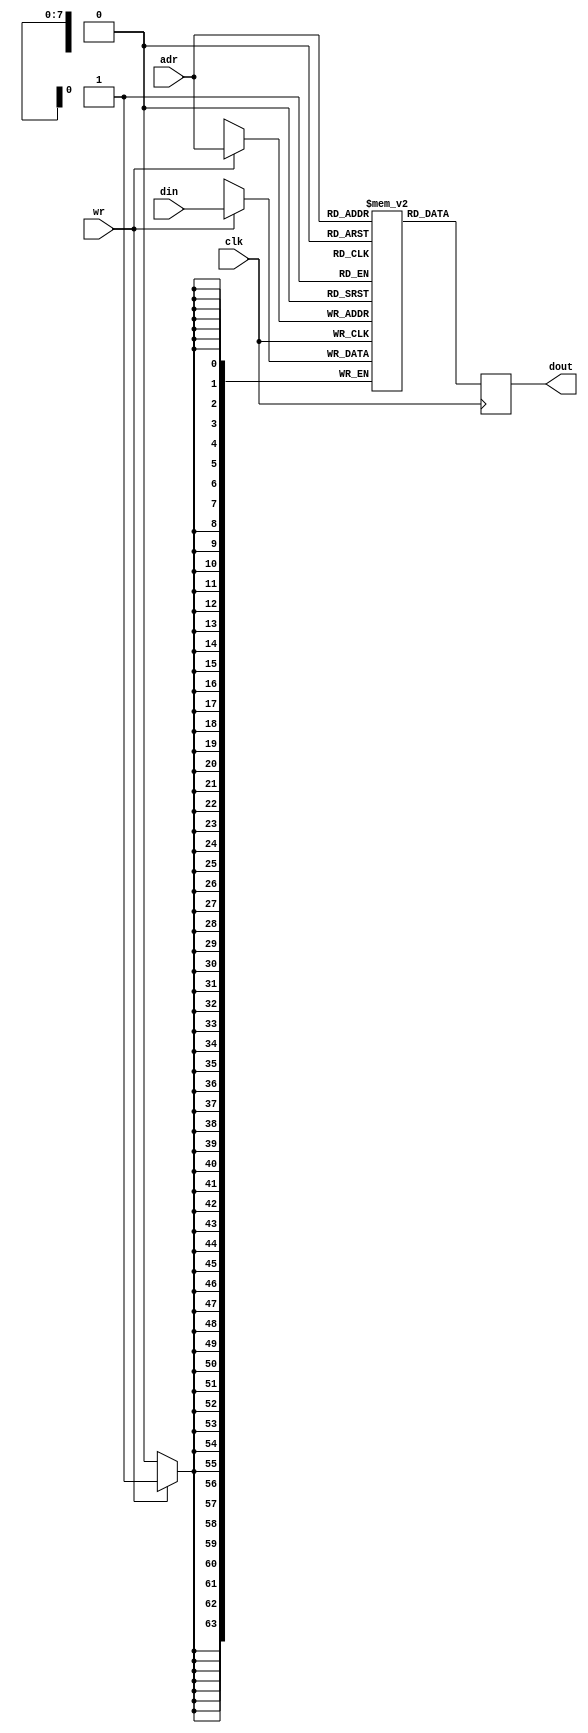
module bram64x256(
    input clk,
    input wr,
    input [7:0] adr,
    input [63:0] din,
    output [63:0] dout);
    
    reg [63:0] ram [255:0];
    reg [63:0] rDout;

    assign dout = rDout;

    always @(posedge clk) begin
        if(wr)
            ram[adr] <= din;
        rDout <= ram[adr];
    end
    
endmodule